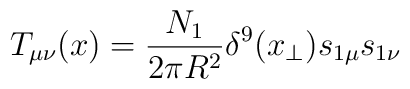
T_{\mu\nu}(x)= {N_1\over 2\pi R^2}\delta^9(x_{\perp})s_{1\mu}s_{1\nu}